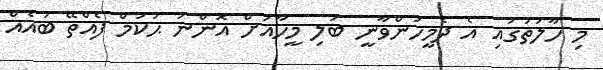
މި ހާލަތުގައި އެ ދެމީހުންވާނީ ބަލި މީހާއަށް އޮންނަ ޙުކުމް ފެއްތޭ ބައެއް